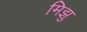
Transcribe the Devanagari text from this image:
मिझु